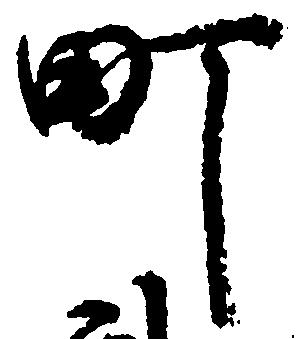
町